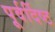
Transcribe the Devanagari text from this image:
पूर्वर्दिष्ट